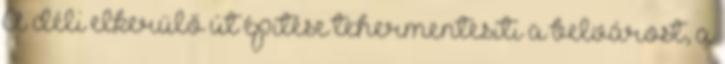
A déli elkerülő út építése tehermentesíti a belvárost, a